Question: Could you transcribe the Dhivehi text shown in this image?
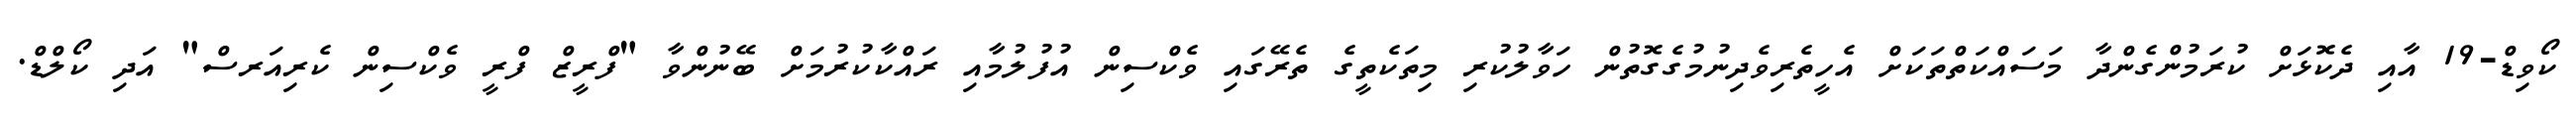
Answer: ކޯވިޑް-19 އާއި ދެކޮޅަށް ކުރަމުންގެންދާ މަސައްކަތްތަކަށް އެހީތެރިވެދިނުމުގެގޮތުން ހަވާލުކުރި މިތަކެތީގެ ތެރޭގައި ވެކްސިން އުފުލުމާއި ރައްކާކުރުމަށް ބޭނުންވާ "ފްރީޒް ފްރީ ވެކްސިން ކެރިއަރސް" އަދި ކޯލްޑް.